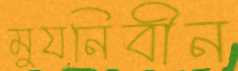
মুযনিবীন